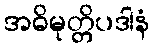
အဓိမုတ္တိပဒါနံ